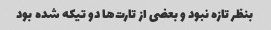
بنظر تازه نبود و بعضی از تارت‌ها دو تیکه شده بود